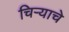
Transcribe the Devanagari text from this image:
चिर्‍याचे